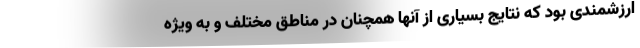
ارزشمندی بود که نتایج بسیاری از آنها همچنان در مناطق مختلف و به ویژه